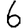
Digit: 6